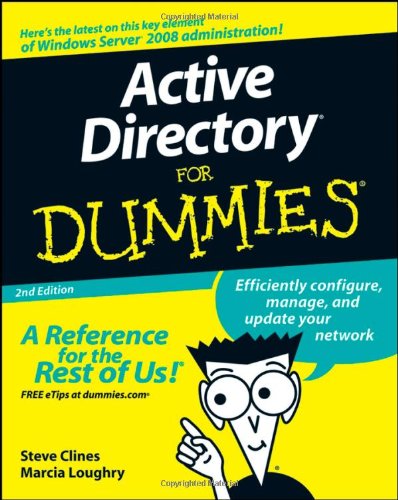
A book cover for Active Directory For Dummies; Steve Clines; Computers & Technology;